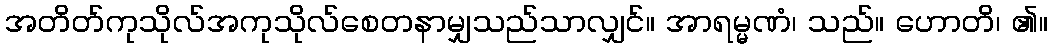
အတိတ်ကုသိုလ်အကုသိုလ်စေတနာမျှသည်သာလျှင်။ အာရမ္မဏံ၊ သည်။ ဟောတိ၊ ၏။